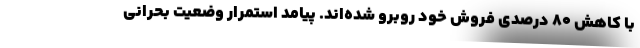
با کاهش ۸۰ درصدی فروش خود روبرو شده‌اند. پیامد استمرار وضعیت بحرانی